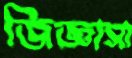
জিজ্ঞাসা